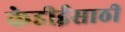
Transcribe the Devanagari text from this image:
केडीईसाठी